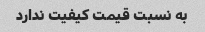
به نسبت قیمت کیفیت ندارد